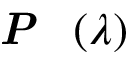
\textbf { \textit { P } } ( \lambda )